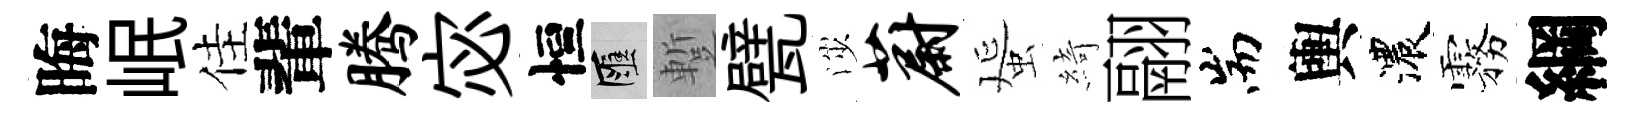
晦岷佳輩腾宓恒匯蹔甓渉蔚蜑綺翮耑輿濃霧綱